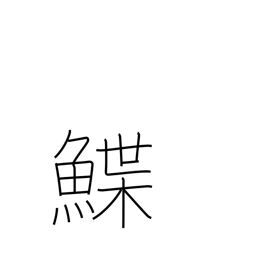
Meaning: sole